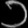
Digit: ၁